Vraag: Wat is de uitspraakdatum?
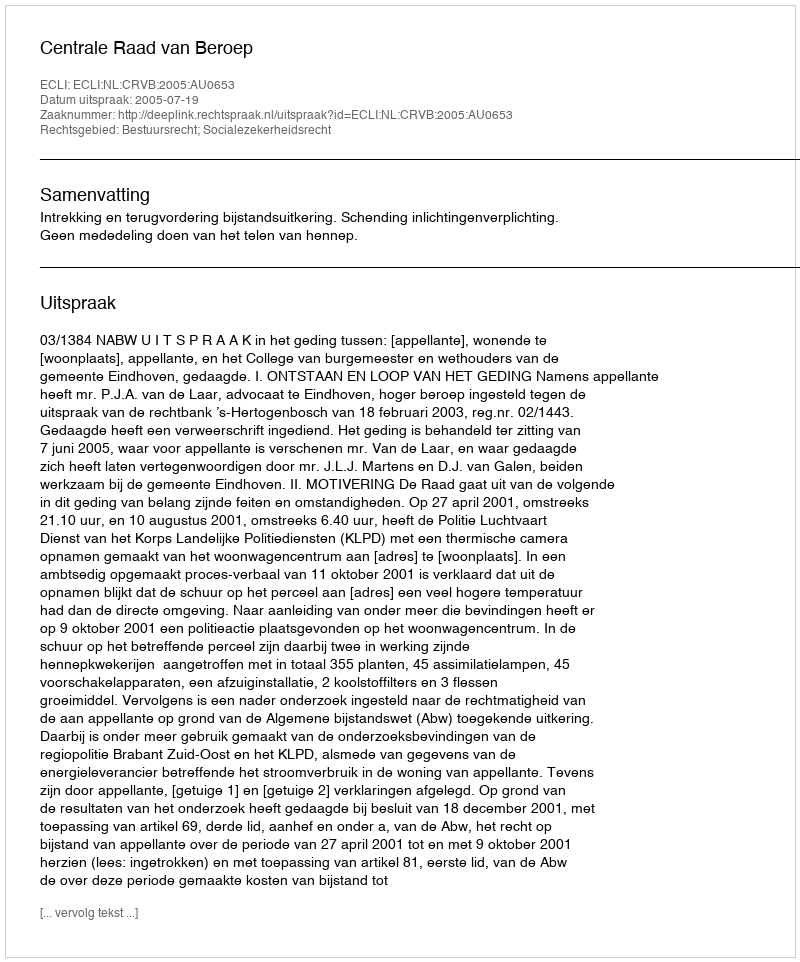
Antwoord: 2005-07-19